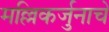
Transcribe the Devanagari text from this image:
मल्लिकर्जुनाचे